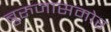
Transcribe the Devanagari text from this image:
बुरुजासमोर